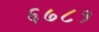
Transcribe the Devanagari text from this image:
६७८१